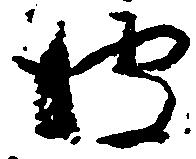
彼